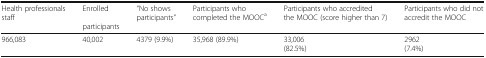
| Health professionals staff | Enrolledparticipants | “No shows participants” | Participants who completed the MOOCa | Participants who accredited the MOOC (score higher than 7) | Participants who did not accredit the MOOC |
 | --- | --- | --- | --- | --- | --- |
 | 966,083 | 40,002 | 4379 (9.9%) | 35,968 (89.9%) | 33,006(82.5%) | 2962(7.4%) |